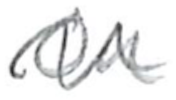
Text: On
Cross-out: wave
Writing tool: pencil